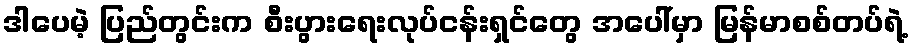
ဒါပေမဲ့ ပြည်တွင်းက စီးပွားရေးလုပ်ငန်းရှင်တွေ အပေါ်မှာ မြန်မာစစ်တပ်ရဲ့